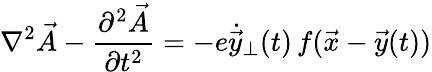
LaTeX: \nabla^{2}\vec{A}-{\frac{\partial^{2}\vec{A}}{\partial t^{2}}}=-e\dot{\vec{y}}_{\perp}(t)\, f(\vec{x}-\vec{y}(t))